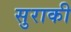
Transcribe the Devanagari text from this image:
सुराकी